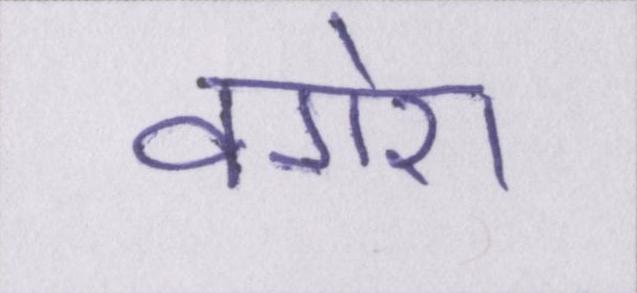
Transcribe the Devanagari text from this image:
वगेरा